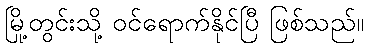
မြို့တွင်းသို့ ဝင်ရောက်နိုင်ပြီ ဖြစ်သည်။